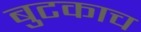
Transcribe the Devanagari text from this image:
बुटकाच